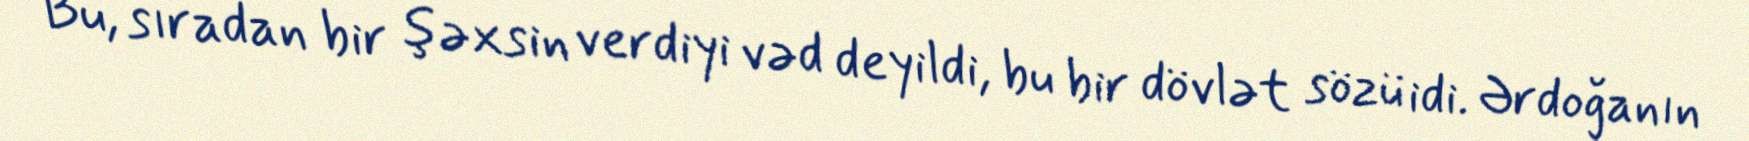
Bu, sıradan bir şəxsin verdiyi vəd deyildi, bu bir dövlət sözü idi. Ərdoğanın